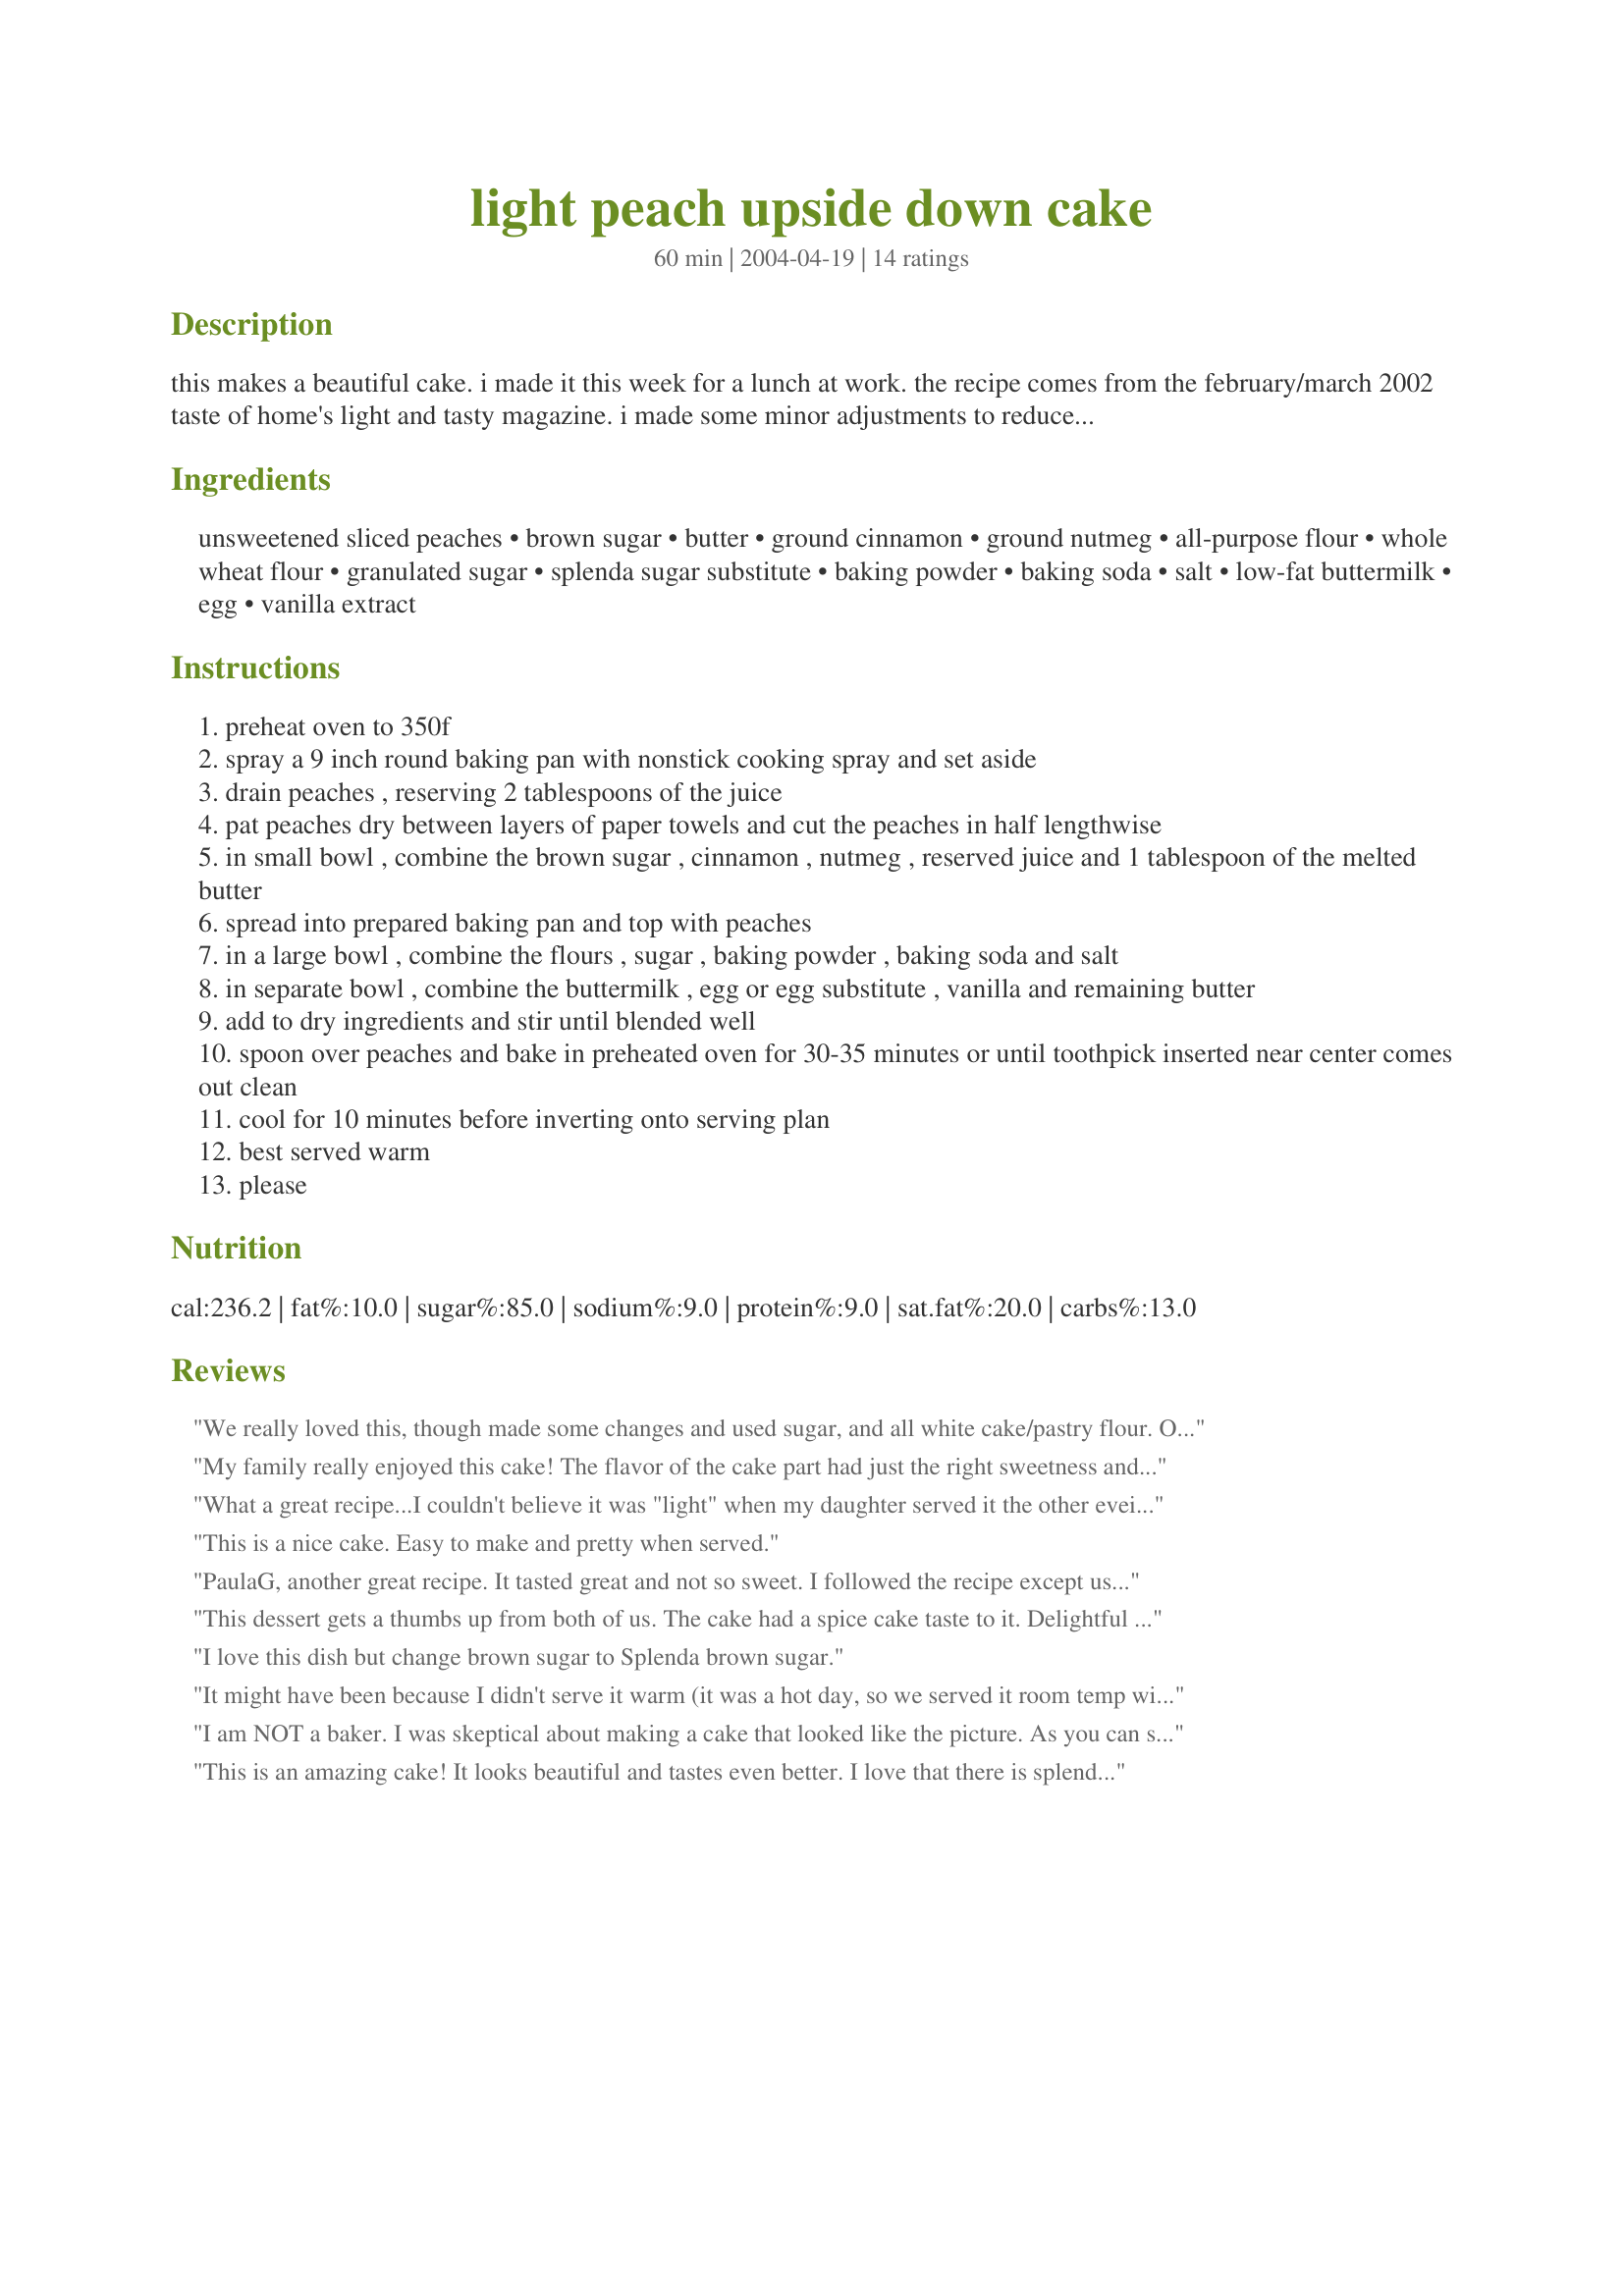
light peach upside down cake
Preparation time: 60 minutes

this makes a beautiful cake. i made it this week for a lunch at work. the recipe comes from the february/march 2002 taste of home's light and tasty magazine. i made some minor adjustments to reduce the amount of sugar.

Ingredients:
unsweetened sliced peaches, brown sugar, butter, ground cinnamon, ground nutmeg, all-purpose flour, whole wheat flour, granulated sugar, splenda sugar substitute, baking powder, baking soda, salt, low-fat buttermilk, egg, vanilla extract

Steps:
preheat oven to 350f
spray a 9 inch round baking pan with nonstick cooking spray and set aside
drain peaches , reserving 2 tablespoons of the juice
pat peaches dry between layers of paper towels and cut the peaches in half lengthwise
in small bowl , combine the brown sugar , cinnamon , nutmeg , reserved juice and 1 tablespoon of the melted butter
spread into prepared baking pan and top with peaches
in a large bowl , combine the flours , sugar , baking powder , baking soda and salt
in separate bowl , combine the buttermilk , egg or egg substitute , vanilla and remaining butter
add to dry ingredients and stir until blended well
spoon over peaches and bake in preheated oven for 30-35 minutes or until toothpick inserted near center comes out clean
cool for 10 minutes before inverting onto serving plan
best served warm
please

Reviews:
We really loved this, though made some changes and used sugar, and all white cake/pastry flour. Our cake was eaten up in seconds. Thanks so much for posting.
My family really enjoyed this cake! The flavor of the cake part had just the right sweetness and texture. I think the whole wheat flour added to the recipe. My 15 year old son said he couldn't even tell it was light, which is really a compliment from the fast food king! Thanks for posting.
What a great recipe...I couldn't believe it was "light" when my daughter served it the other eveing! Had to make it the next day for a dinner party and it was a hit!!! Daughter's hint-use powdered buttermilk, always on hand and no waste opening a quart of fresh for just one cup! IF you don't tell them, they won't know its "light"! Thanks, Paula
This is a nice cake. Easy to make and pretty when served.
PaulaG, another great recipe. It tasted great and not so sweet. I followed the recipe except used plain yogurt in place of buttermilk and used pears instead of peaches cause didn't have any. Next time, I'll try the peaches.
This dessert gets a thumbs up from both of us. The cake had a spice cake taste to it. Delightful without being too sweet.
I love this dish but change brown sugar to Splenda brown sugar.
It might have been because I didn't serve it warm (it was a hot day, so we served it room temp with ice cream), but it smelled WAY better than it tasted. I mean it tasted good, but not as pungent and spicey since the spices were only in the top. Next time I would put cinnamon and nutmeg in the cake as well.
I am NOT a baker. I was skeptical about making a cake that looked like the picture. As you can see in my photo, I did!! I had a box of fresh peaches to use up & decided to try for company coming for dinner. This was great! Not too sweet, nice flavor and very light tasting. I used 3 fresh peaches & it worked great! Easy but looks much harder! Thanks Paula G for a peach recipe that doesnt have a pound of butter!!!
This is an amazing cake! It looks beautiful and tastes even better. I love that there is splenda, but also regular sugar. (I often halve the sugar and use half splenda. I don't like it totally with splenda.) We all loved it. Thanks!
I made this in the midst of a Saturday afternoon cooking marathon and messed it up good -- I forgot the sugar & splenda in the batter. But the sweetness in the topping countered the lack of it in the cake and we called it "shortcake". I liked it this way and am sure I'll like it when I make it again -- the right way. And it turned out just like LorenLou's picture.
Great recipe Paula! Used all sugar as I do not have splenda. Loved the wheat flour addition. Used 1/2 cup of yoghurt topped with half cup of water for the buttermilk. In India we use that as a sub. sometimes to make chaas which is seasoned buttermilk. Used fresh peaches too so added water instead of syrup. Awesome warm! Thank you! :) Fay
Good for a peach dish -- i guess I'm just not a fan of cooked, canned peaches.
This does make a beautiful cake, which I would rename to Peach Cobbler Cake because that's what it tastes like! Delicious, easy, and beautiful to boot - a winner!
